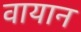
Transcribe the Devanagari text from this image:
वायान